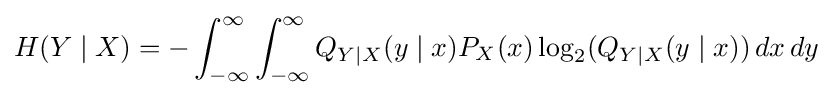
H(Y\mid X)=-\int _{-\infty }^{\infty }\int _{-\infty }^{\infty }Q_{Y\mid X}(y\mid x)P_{X}(x)\log _{2}(Q_{Y\mid X}(y\mid x))\,dx\,dy